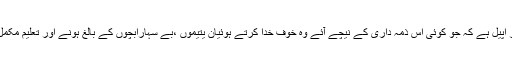
ان سوتیلوں سے انسانیت کی نام پر اپیل ہے کہ جو کوئی اس ذمہ داری کے نیچے آئے وہ خوف خدا کرتے ہوئیان یتیموں ،بے سہارابچوں کے بالغ ہونے اور تعلیم مکمل ہونے تک اس فرض کو نبھائے۔